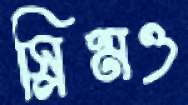
স্লিমও